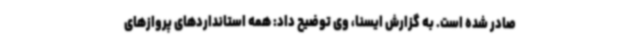
صادر شده است. به گزارش ایسنا، وی توضیح داد: همه استانداردهای پروازهای